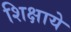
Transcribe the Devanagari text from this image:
शिक्षाये